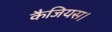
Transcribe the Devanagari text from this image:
कैजियस।